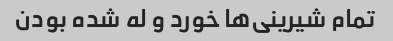
تمام شیرینی‌ها خورد و له شده بودن